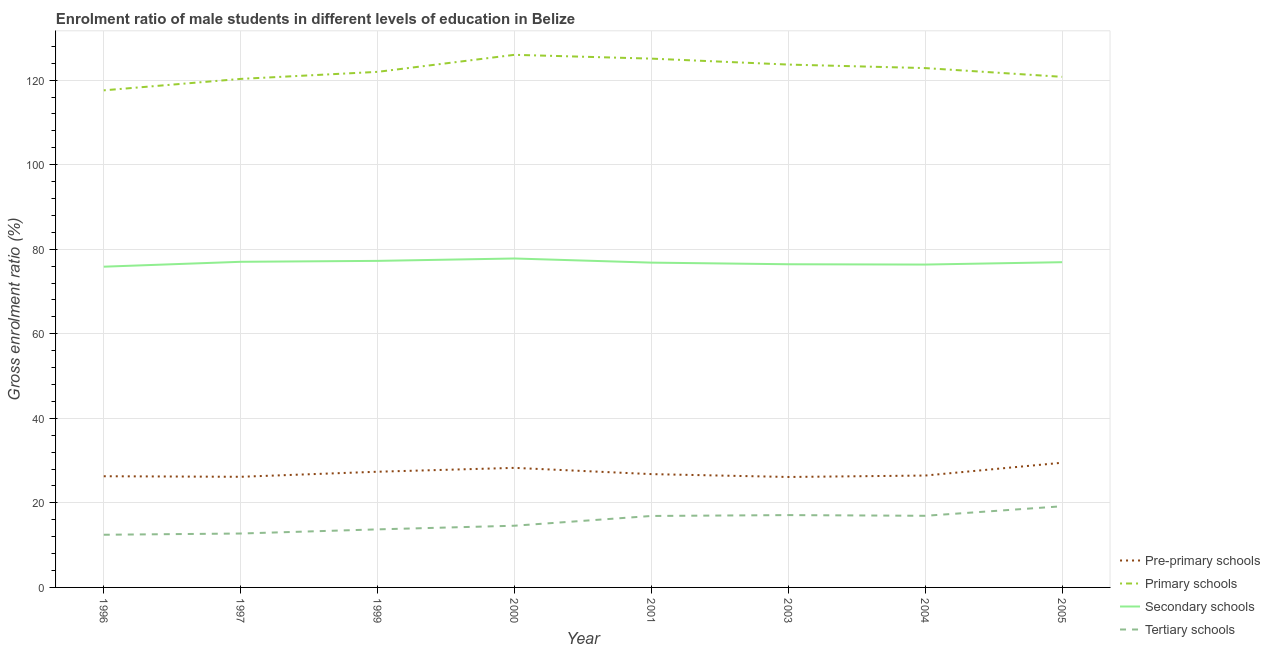
| Year | Pre-primary schools | Primary schools | Secondary schools | Tertiary schools |
 | --- | --- | --- | --- | --- |
 | 1996 | 26.3 | 118 | 75.9 | 12.5 |
 | 1997 | 26.2 | 120 | 77 | 12.8 |
 | 1999 | 27.4 | 122 | 77.2 | 13.7 |
 | 2000 | 28.3 | 126 | 77.8 | 14.6 |
 | 2001 | 26.8 | 125 | 76.8 | 16.9 |
 | 2003 | 26.1 | 124 | 76.4 | 17.1 |
 | 2004 | 26.5 | 123 | 76.4 | 16.9 |
 | 2005 | 29.5 | 121 | 76.9 | 19.2 |